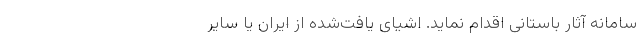
سامانه آثار باستانی اقدام نماید. اشیای یافت‌شده از ایران یا سایر